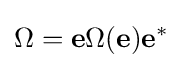
\Omega ={\mathbf {e} }\Omega (\mathbf {e} ){\mathbf {e} }^{*}